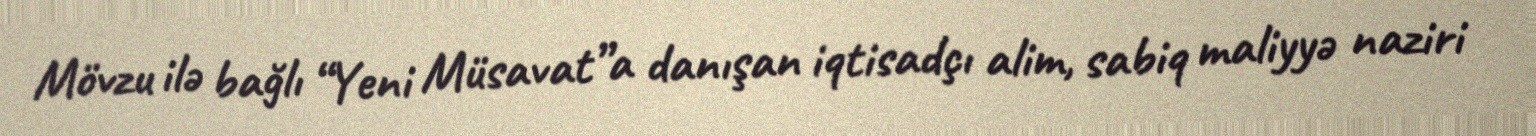
Mövzu ilə bağlı “Yeni Müsavat”a danışan iqtisadçı alim, sabiq maliyyə naziri